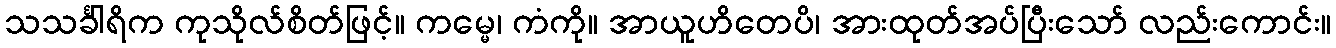
သသင်္ခါရိက ကုသိုလ်စိတ်ဖြင့်။ ကမ္မေ၊ ကံကို။ အာယူဟိတေပိ၊ အားထုတ်အပ်ပြီးသော် လည်းကောင်း။